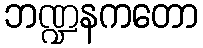
ဘဏ္ဍနကတော